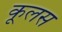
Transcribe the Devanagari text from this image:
कूलस